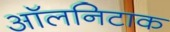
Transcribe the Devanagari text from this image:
ऑलनिटाक